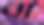
বা